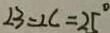
\angle 3 = \angle C = 2 5 ^ { \circ }